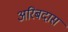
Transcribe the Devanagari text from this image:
अरिबदास